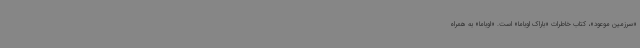
«سرزمین موعود»، کتاب خاطرات «باراک اوباما» است. «اوباما» به همراه